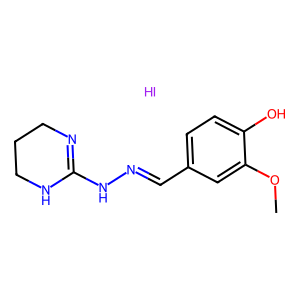
SMILES: COc1cc(C=NNC2=NCCCN2)ccc1O.I
Inhibits HIV replication: No